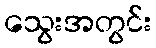
သွေးအတွင်း